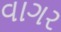
વાગર